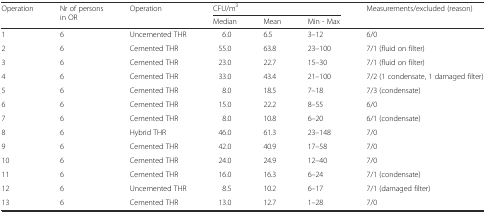
<table><thead><tr><td rowspan="2"><b>Operation</b></td><td rowspan="2"><b>Nr of persons in OR</b></td><td rowspan="2"><b>Operation</b></td><td colspan="3"><b>CFU/m<sup>3</sup></b></td><td rowspan="2"><b>Measurements/excluded (reason)</b></td></tr><tr><td><b>Median</b></td><td><b>Mean</b></td><td><b>Min - Max</b></td></tr></thead><tbody><tr><td>1</td><td>6</td><td>Uncemented THR</td><td>6.0</td><td>6.5</td><td>3–12</td><td>6/0</td></tr><tr><td>2</td><td>6</td><td>Cemented THR</td><td>55.0</td><td>63.8</td><td>23–100</td><td>7/1 (fluid on filter)</td></tr><tr><td>3</td><td>6</td><td>Cemented THR</td><td>23.0</td><td>22.7</td><td>15–30</td><td>7/1 (fluid on filter)</td></tr><tr><td>4</td><td>6</td><td>Cemented THR</td><td>33.0</td><td>43.4</td><td>21–100</td><td>7/2 (1 condensate, 1 damaged filter)</td></tr><tr><td>5</td><td>6</td><td>Cemented THR</td><td>8.0</td><td>18.5</td><td>7–18</td><td>7/3 (condensate)</td></tr><tr><td>6</td><td>6</td><td>Cemented THR</td><td>15.0</td><td>22.2</td><td>8–55</td><td>6/0</td></tr><tr><td>7</td><td>6</td><td>Cemented THR</td><td>8.0</td><td>10.8</td><td>6–20</td><td>6/1 (condensate)</td></tr><tr><td>8</td><td>6</td><td>Hybrid THR</td><td>46.0</td><td>61.3</td><td>23–148</td><td>7/0</td></tr><tr><td>9</td><td>6</td><td>Cemented THR</td><td>42.0</td><td>40.9</td><td>17–58</td><td>7/0</td></tr><tr><td>10</td><td>6</td><td>Cemented THR</td><td>24.0</td><td>24.9</td><td>12–40</td><td>7/0</td></tr><tr><td>11</td><td>6</td><td>Cemented THR</td><td>16.0</td><td>16.3</td><td>6–24</td><td>7/1 (condensate)</td></tr><tr><td>12</td><td>6</td><td>Uncemented THR</td><td>8.5</td><td>10.2</td><td>6–17</td><td>7/1 (damaged filter)</td></tr><tr><td>13</td><td>6</td><td>Cemented THR</td><td>13.0</td><td>12.7</td><td>1–28</td><td>7/0</td></tr></tbody></table>